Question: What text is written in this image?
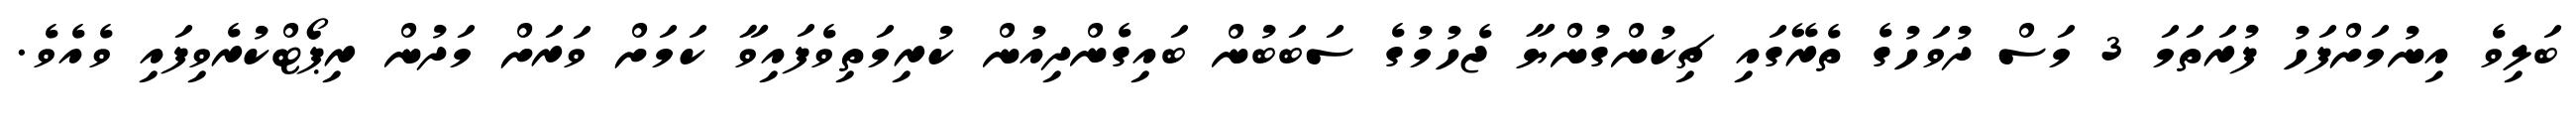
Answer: ބަލިވެ އިނުމަށްފަހު ފުރަތަމަ 3 މަސް ދުވަހުގެ ތެރޭގައި ޗިކުންގުންޔާ ޖެހުމުގެ ސަބަބުން ބައިގެންދިއުން ކުރިމަތިވެފައިވާ ކަމަށް ވަރަށް މަދުން ރިޕޯޓްކުރެވިފައި ވެއެވެ.